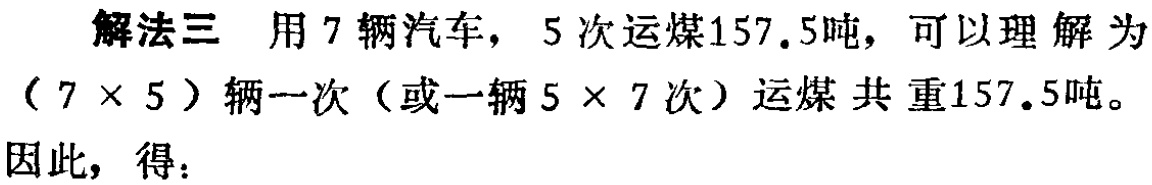
解法三 用7辆汽车，5次运煤157.5吨，可以理解为

（7×5）辆一次（或一辆5×7次）运煤共重157.5吨。

因此，得：